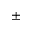
\pm